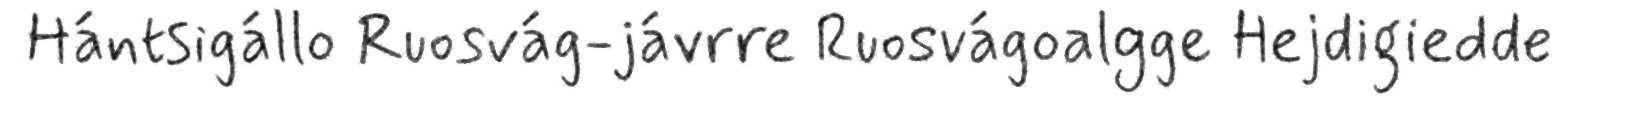
Hántsigállo Ruosvág-jávrre Ruosvágoalgge Hejdigiedde